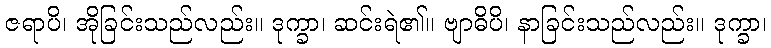
ဇရာပိ၊ အိုခြင်းသည်လည်း။ ဒုက္ခာ၊ ဆင်းရဲ၏။ ဗျာဓိပိ၊ နာခြင်းသည်လည်း။ ဒုက္ခာ၊